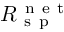
R _ { \mathrm { ~ s ~ p ~ } } ^ { \mathrm { ~ n ~ e ~ t ~ } }